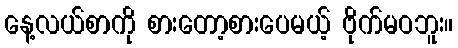
နေ့လယ်စာကို စားတော့စားပေမယ့် ဗိုက်မဝဘူး။